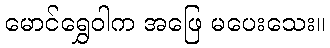
မောင်ရွှေဝါက အဖြေ မပေးသေး။